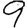
Digit: 9